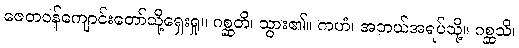
ဇေတဝန်ကျောင်းတော်သို့ရှေးရှု။ ဂစ္ဆတိ၊ သွား၏။ ကဟံ၊ အဘယ်အရပ်သို့။ ဂစ္ဆသိ၊